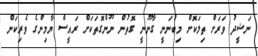
ނަޝީދު ވަރަށް ތިލަކޮށް މިބުނަނީ ގާނޫނީ ގޮތުން ނޫންގޮތަކަށް ރައީސް ޔާމިންގެ ވެރިކަން